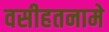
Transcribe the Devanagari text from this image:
वसीहतनामे